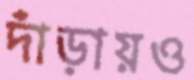
দাঁড়ায়ও